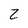
Character: Z